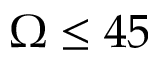
\Omega \leq 4 5